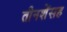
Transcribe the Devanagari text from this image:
तीनशेंसह